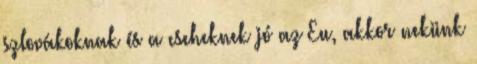
szlovákoknak és a cseheknek jó az Eu, akkor nekünk